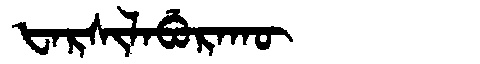
Manchu: ᡶᠠᡵᠰᡳᠯᠠᠪᡠᡵᠠᡴᡡ
Romanization: FARSILABURAKŪ